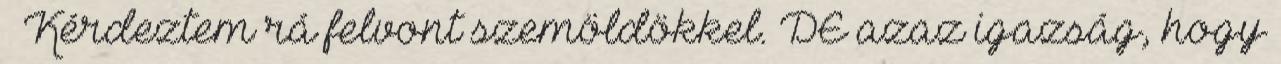
– Kérdeztem rá felvont szemöldökkel. DE azaz igazság, hogy